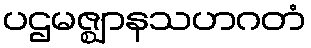
ပဌမဇ္ဈာနသဟဂတံ